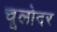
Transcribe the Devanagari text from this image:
चूलोदर